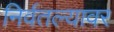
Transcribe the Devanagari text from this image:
निर्वतल्यावर